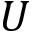
U